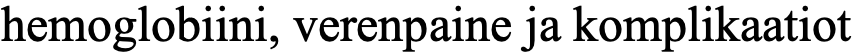
hemoglobiini, verenpaine ja komplikaatiot